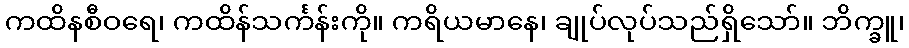
ကထိနစီဝရေ၊ ကထိန်သင်္ကန်းကို။ ကရိယမာနေ၊ ချုပ်လုပ်သည်ရှိသော်။ ဘိက္ခူ၊